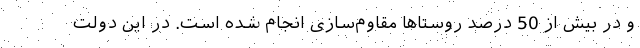
و در بیش از 50 درصد روستاها مقاوم‌سازی انجام شده است. در این دولت